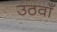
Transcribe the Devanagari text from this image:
उठवाँ